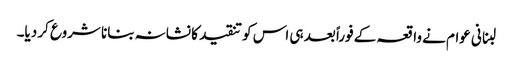
لبنانی عوام نے واقعہ کے فوراً بعد ہی اس کو تنقید کا نشانہ بنانا شروع کر دیا۔